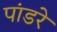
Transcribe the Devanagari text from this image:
पांडरे